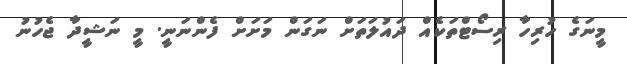
މީނަގެ ހުރިހާ ރިސޯޓްތަކެއް ދައުލަތަށް ނަގަން މަށަށް ފެންނަނީ. މީ ނަޝީދާ ޖެހުނު